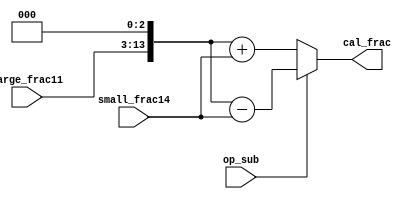
`timescale 1ns / 1ps

/* Calculation */
module fadd_cal (	
	input op_sub,
	input [10:0] large_frac11,
	input [13:0] small_frac14,
	output [14:0] cal_frac);

	//grs, , 15bit
	wire [14:0] aligned_large_frac = {1'b0, large_frac11, 3'b000};
	wire [14:0] aligned_small_frac = {1'b0, small_frac14};
	
	//
	assign cal_frac = op_sub?
		aligned_large_frac - aligned_small_frac :
		aligned_large_frac + aligned_small_frac;
endmodule